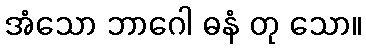
အံသော ဘာဂေါ ဓနံ တု သော။